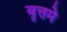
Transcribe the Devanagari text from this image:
बृत्तमे